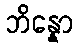
ဘိန္နော